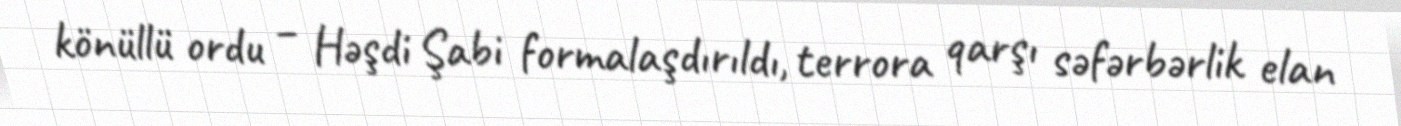
könüllü ordu – Həşdi Şabi formalaşdırıldı, terrora qarşı səfərbərlik elan